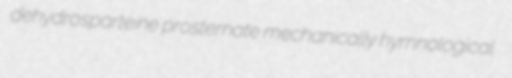
dehydrosparteine prosternate mechanically hymnological